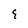
Character: 8